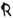
Text: R